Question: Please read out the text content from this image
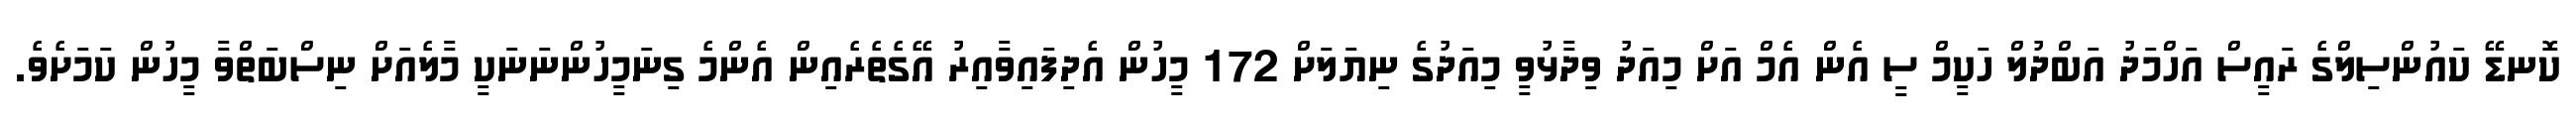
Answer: ކޮނޑޭ ކައުންސިލްގެ ރައީސް އަހްމަދު އަބްދުލް ހަކީމް ސީ އެން އެމް އަށް މިއަދު ވިދާޅުވީ މިއަދުގެ ނިޔަލަށް 172 މީހުން އެދިފައިވާއިރު އޭގެތެރެއިން އެންމެ ގިނަމީހުންނަނަކީ މާލެއަށް ނިސްބަތްވާ މީހުން ކަމަށެވެ.